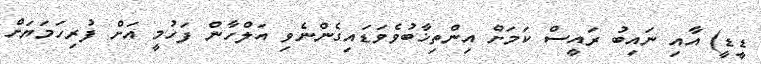
ޑީޑީ) އާއި ނައިބު ރައީސް ކަމަށް އިންތިޚާބުވެވަޑައިގެންނެވި އަލްހާން ފަހުމީ އަށް ފުރިހަމަޔަށް